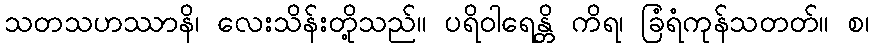
သတသဟဿာနိ၊ လေးသိန်းတို့သည်။ ပရိဝါရေန္တိ ကိရ၊ ခြံရံကုန်သတတ်။ စ၊